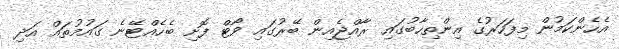
އެހެންކަމުން މިފަހަރުގެ އިންތިހާބުގައި ރާއްޖެއިން ބޭރުގައި ވޯޓް ފޮށި ބެހެއްޓޭނެ ގައުމުތައް އަދި